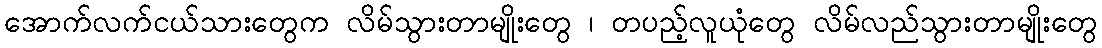
အောက်လက်ငယ်သားတွေက လိမ်သွားတာမျိုးတွေ ၊ တပည့်လူယုံတွေ လိမ်လည်သွားတာမျိုးတွေ